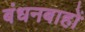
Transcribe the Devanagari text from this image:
बंधनबाहों